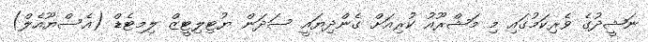
ނަޝީދުގެ ވެރިކަމުގައި މި މަޝްރޫއު ކުރިއަށް ގެންދިޔައީ ސަދަން ޔުޓިލިޓީޒް ލިމިޓެޑް (އެސްޔޫއެލް)